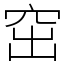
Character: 窋